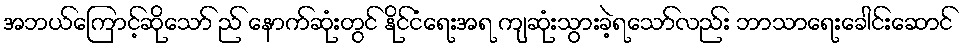
အဘယ်ကြောင့်ဆိုသော် ည် နောက်ဆုံးတွင် နိုင်ငံရေးအရ ကျဆုံးသွားခဲ့ရသော်လည်း ဘာသာရေးခေါင်းဆောင်